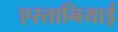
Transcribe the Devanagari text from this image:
एस्तानियाई